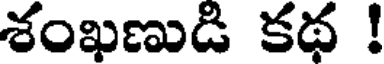
శంఖణుడి కథ !